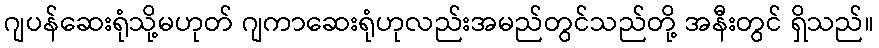
ဂျပန်ဆေးရုံသို့မဟုတ် ဂျကာဆေးရုံဟုလည်းအမည်တွင်သည်တို့ အနီးတွင် ရှိသည်။